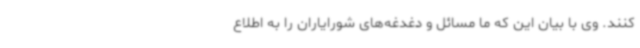
کنند. وی با بیان این که ما مسائل و دغدغه‌های شورایاران را به اطلاع